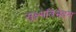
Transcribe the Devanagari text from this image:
सूक्ष्मविभेदन